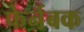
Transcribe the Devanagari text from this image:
फेर्नबक